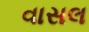
વાસલ